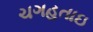
ચગહતાઇ